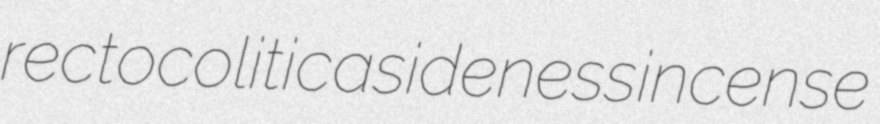
rectocolitic asideness incense